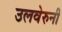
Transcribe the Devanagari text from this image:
उलवेरुनी